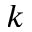
k